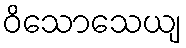
ဝိသောသေယျ